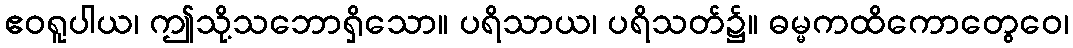
ဧဝရူပါယ၊ ဤသို့သဘောရှိသော။ ပရိသာယ၊ ပရိသတ်၌။ ဓမ္မကထိကောတွေဝေ၊